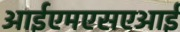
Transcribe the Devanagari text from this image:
आईएमएसएआई